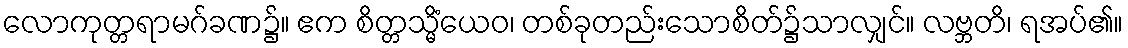
လောကုတ္တရာမဂ်ခဏ၌။ ဧက စိတ္တသ္မိံယေဝ၊ တစ်ခုတည်းသောစိတ်၌သာလျှင်။ လဗ္ဘတိ၊ ရအပ်၏။